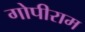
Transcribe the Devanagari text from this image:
गोपीराम